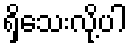
ရှိသေးလို့ပါ